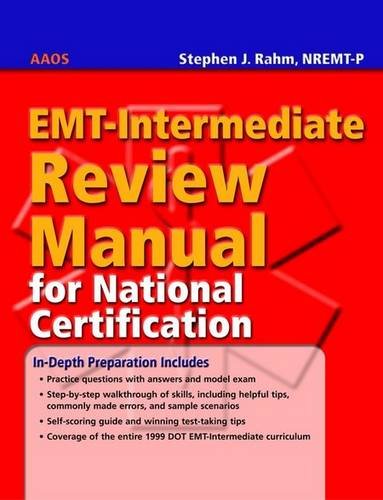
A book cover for EMT-Intermediate Review Manual For National Certification; American Academy of Orthopaedic Surgeons (AAOS); Medical Books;